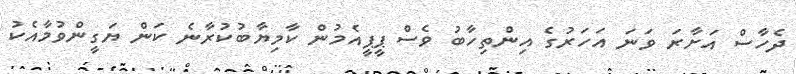
ދެހާސް އަށާރަ ވަނަ އަހަރުގެ އިންތިހާބު ވެސް ޕީޕީއެމުން ކާމިޔާބުކުރާނެ ކަން ޔަގީންވުމާއެކު